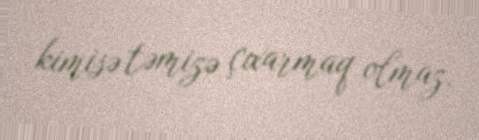
kimisə təmizə çıxarmaq olmaz.